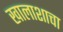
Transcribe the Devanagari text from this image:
खालाशाचा